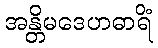
အန္တိမဒေဟဓာရိံ